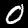
Label: 0